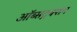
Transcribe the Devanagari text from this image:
ऑब्सट्रक्शन